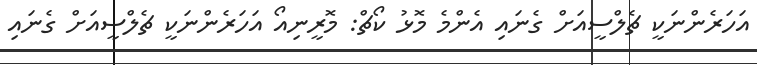
އަހަރެންނަކީ ޗެލްސީއަށް ގެނައި އެންމެ މޮޅު ކޯޗް: މޮރީނިއޯ އަހަރެންނަކީ ޗެލްސީއަށް ގެނައި